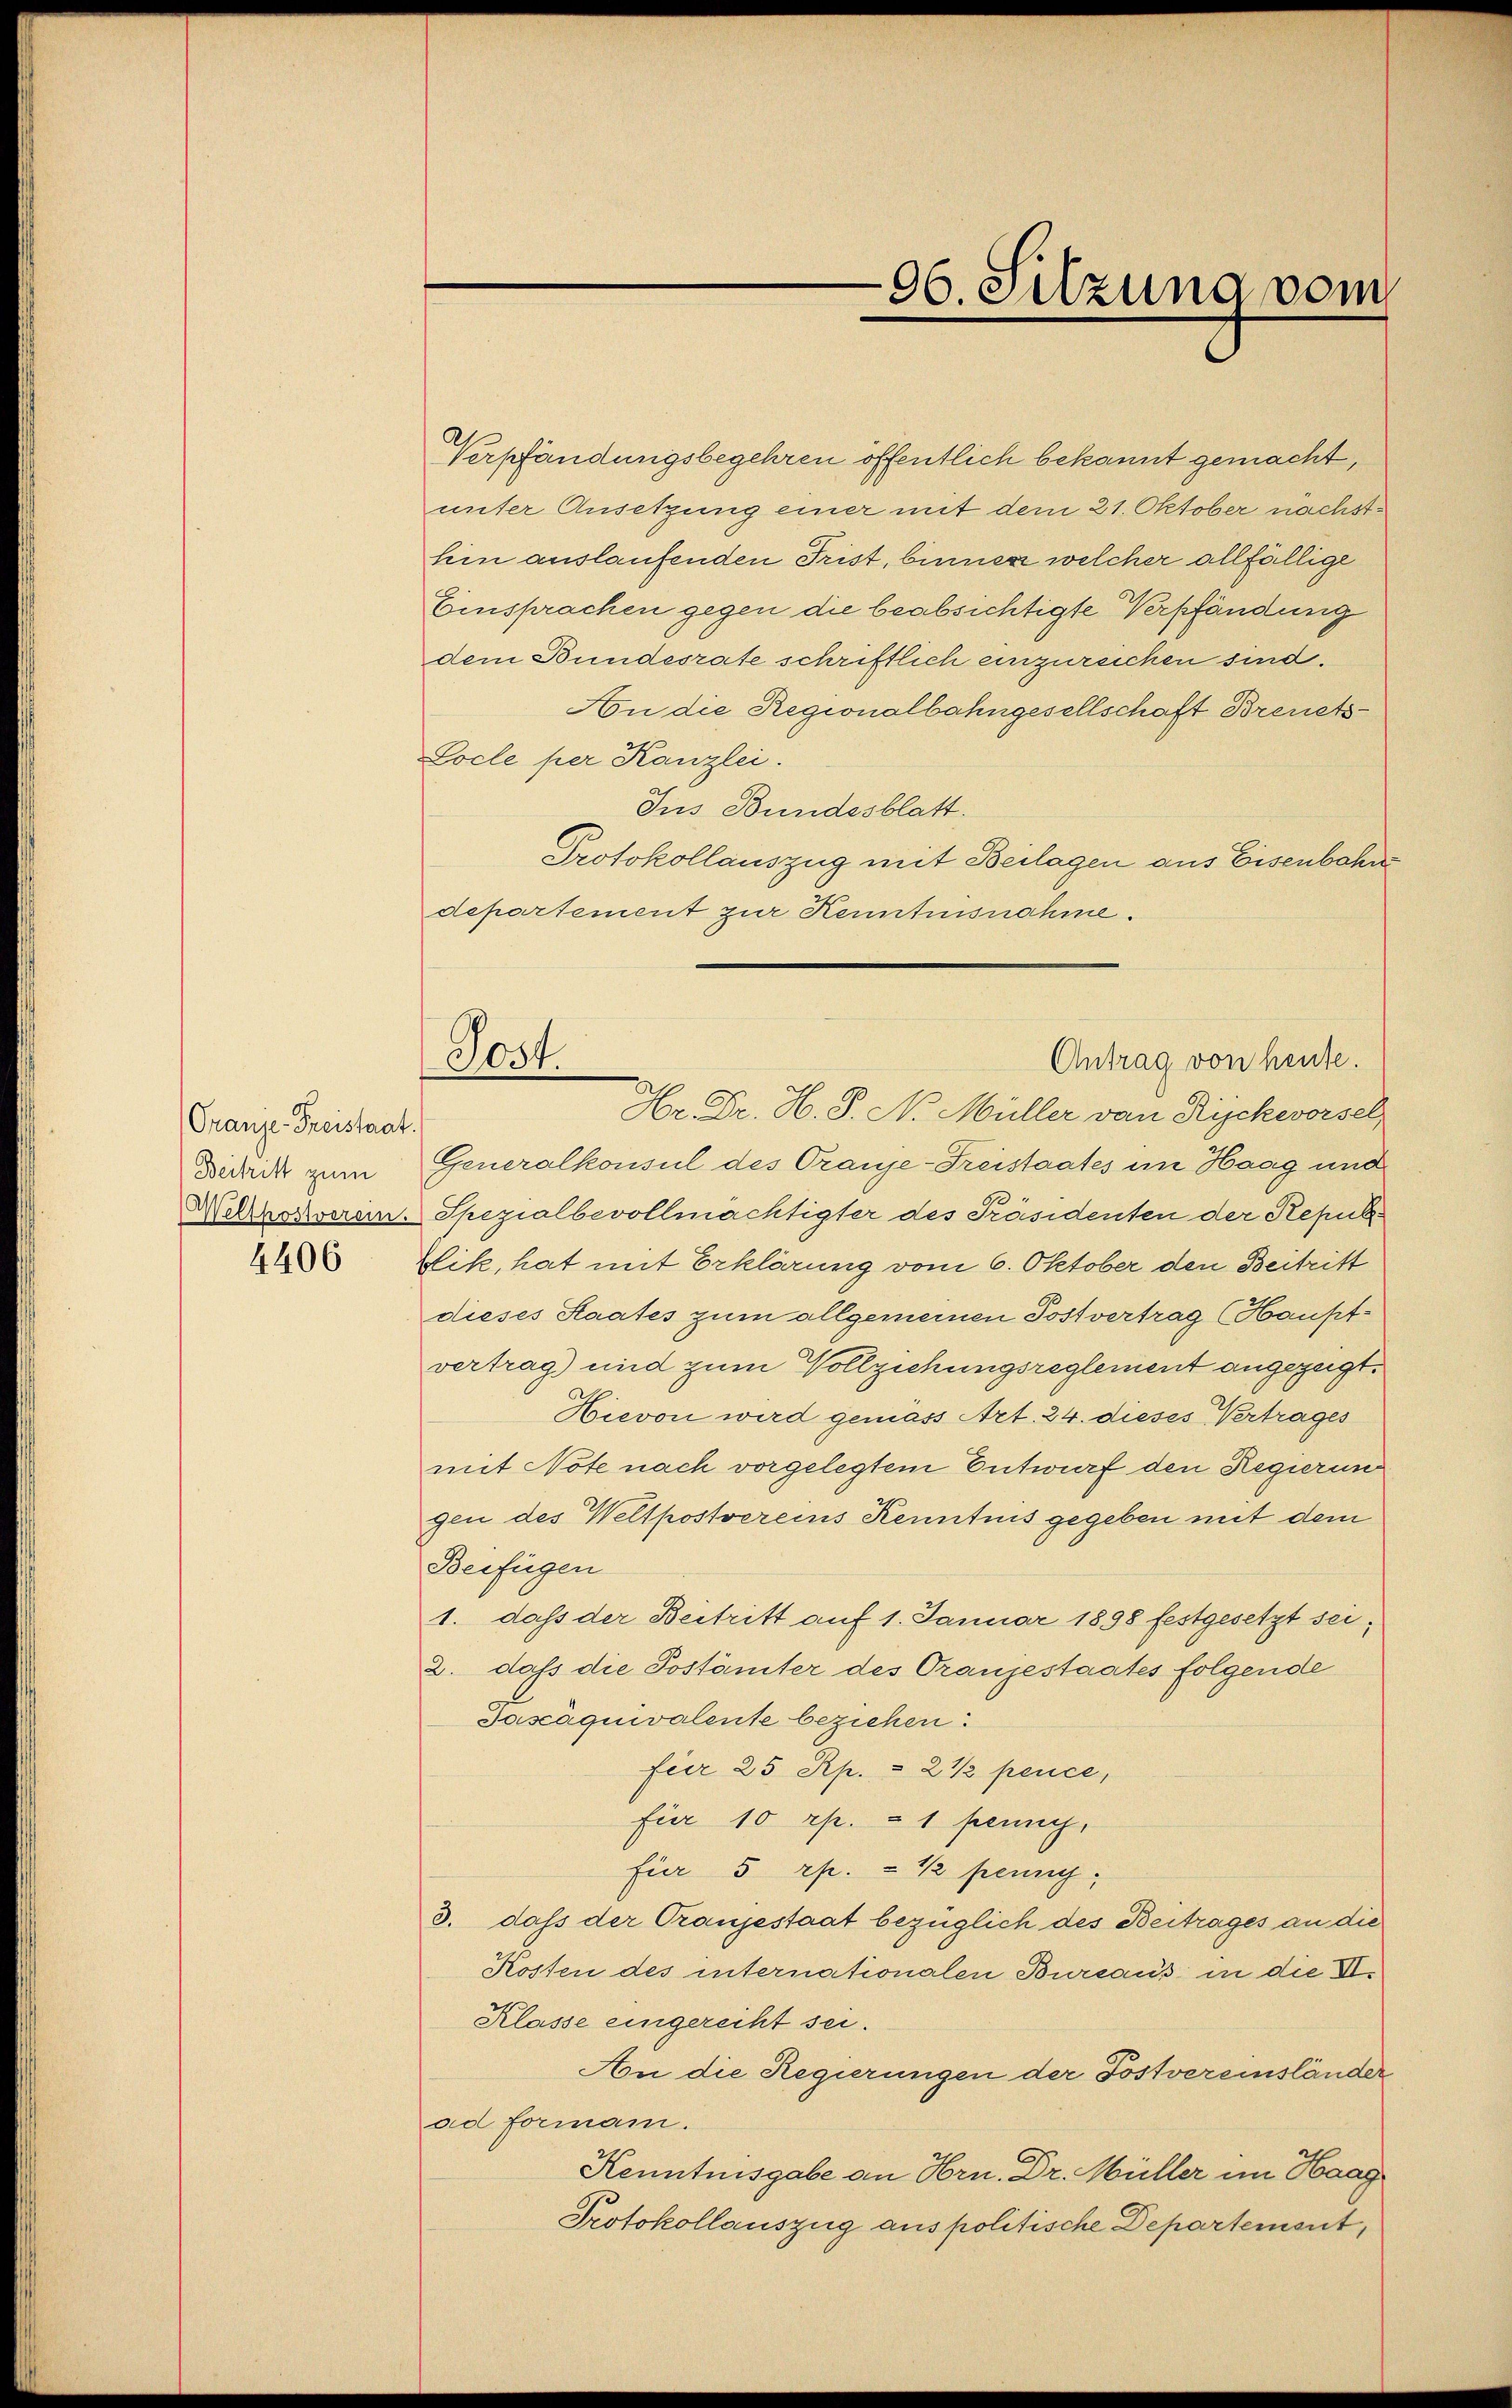
Granje-Freistaat.
Beitritt zum
4406

96. Sitzung vom

Verpfändungsbegehren öffentlich bekannt gemacht,
unter Ansetzung einer mit dem 21. Oktober nächsthin auslaufenden Frist, binner welcher allfällige
Einsprachen gegen die beabsichtigte Verpfändung
dem Bundesrate schriftlich einzureichen sind.
An die Regionalbahngesellschaft Breuets¬
Locle per Kanzlei.
Jus Bundesblatt.
Protokollauszug mit Beilagen aus Eisenbahne
departement zur Kenntnisnahme.
Hr Dr. H. S. N. Müller von Rickevorsel
Generalkonsul des Oranje-Freistaates im Haag und
Weltroserein. Spezialbevollmächtigter des Präsidenten der Repub¬
Blik, hat mit Erklärung vom 6. Oktober den Beitritt
dieses Staates zum allgemeinen Postvertrag (Hauptvertrag) und zum Vollziehungsreglement angezeigt.
Hievon wird gemäss Art. 24. dieses Vertrages
mit Note nach vorgelegtem Entwurf den Regierung
gen des Weltpostvereins Kenntnis gegeben mit dem
Beifügen
1. daß der Beitritt auf 1. Januar 1898 festgesetzt sei;
2. daß die Postämter des Oranjestaates folgende
Jasáquivalente beziehen
füer 25 Rp. & 2 ½ pence,
für 10 rp. 1 penny,
für 5 rp. = ½ peung;
3. dass der Tranjestaat bezüglich des Beitrages an die
Kosten des internationalen Bureaus in die II.
Klasse eingereiht sei.
An die Regierungen der Postvereinsländer
ad forman.
Kenntnisgabe an Hrn. Dr. Müller im Haag
Protokollauszug aus politische Departement,

Post.
Antrag von heute.